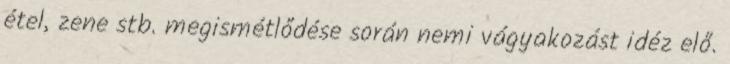
étel, zene stb. megismétlődése során nemi vágyakozást idéz elő.